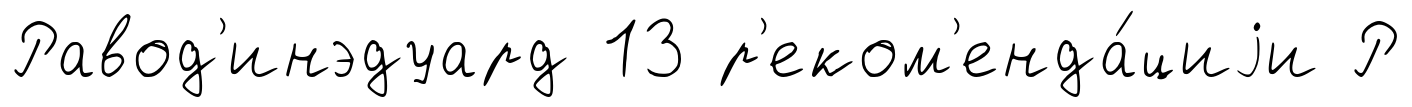
Равод'инэдуард 13 р'еком'енда́циjи Р